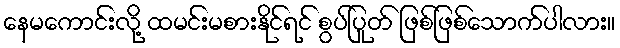
နေမကောင်းလို့ ထမင်းမစားနိုင်ရင် စွပ်ပြုတ် ဖြစ်ဖြစ်သောက်ပါလား။